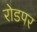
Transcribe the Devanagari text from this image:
रोडपर